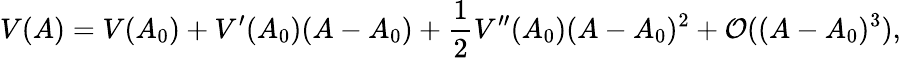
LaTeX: V(A)=V(A_{0})+V^{\prime}(A_{0})(A-A_{0})+\frac{1}{2}V^{\prime\prime}(A_{0})(A-A_{0})^{2}+{\cal O}((A-A_{0})^{3}),